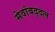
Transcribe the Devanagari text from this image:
सेवांबद्दल